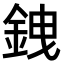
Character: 𫒗